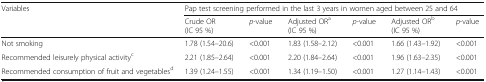
<table><thead><tr><td rowspan="2"><b>Variables</b></td><td colspan="6"><b>Pap test screening performed in the last 3 years in women aged between 25 and 64</b></td></tr><tr><td><b>Crude OR(IC 95 %)</b></td><td><b><i>p</i>-value</b></td><td><b>Adjusted OR<sup>a</sup>(IC 95 %)</b></td><td><b><i>p</i>-value</b></td><td><b>Adjusted OR<sup>b</sup>(IC 95 %)</b></td><td><b><i>p</i>-value</b></td></tr></thead><tbody><tr><td>Not smoking</td><td>1.78 (1.54–20.6)</td><td>&lt;0.001</td><td>1.83 (1.58–2.12)</td><td>&lt;0.001</td><td>1.66 (1.43–1.92)</td><td>&lt;0.001</td></tr><tr><td>Recommended leisurely physical activity<sup>c</sup></td><td>2.21 (1.85–2.64)</td><td>&lt;0.001</td><td>2.20 (1.84–2.64)</td><td>&lt;0.001</td><td>1.96 (1.63–2.35)</td><td>&lt;0.001</td></tr><tr><td>Recommended consumption of fruit and vegetables<sup>d</sup></td><td>1.39 (1.24–1.55)</td><td>&lt;0.001</td><td>1.34 (1.19–1.50)</td><td>&lt;0.001</td><td>1.27 (1.14–1.43)</td><td>&lt;0.001</td></tr></tbody></table>